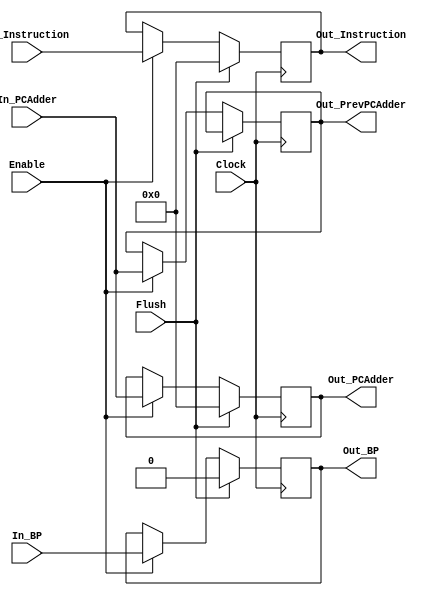
`timescale 1ns / 1ps

////////////////////////////////////////////////////////////////////////////////
// ECE369 - Computer Architecture
// 
// Student(s) Name and Last Name: Diego Moscoso, Fausto Sanchez, Jake Summerville
//
// Module           : IFIDRegister.v
// Description      : 
//
// INPUTS
//
// OUTPUTS
//
// FUNCTIONALITY
//
////////////////////////////////////////////////////////////////////////////////

module IFIDRegister(Clock, Flush, Enable, In_Instruction, Out_Instruction, 
                    In_PCAdder, Out_PCAdder, Out_PrevPCAdder, In_BP, Out_BP);

    input        Clock, Flush, Enable;
    input        In_BP;
    input [31:0] In_Instruction;
    input [31:0] In_PCAdder;
    
    output reg        Out_BP;
    output reg [31:0] Out_Instruction;
    output reg [31:0] Out_PrevPCAdder;
    output reg [31:0] Out_PCAdder;

    initial begin
        Out_Instruction <= 32'b0;
        Out_PCAdder     <= 32'b0;
        Out_BP          <= 1'b0;
    end

    always @(posedge Clock) begin
        if (Flush) begin
            Out_Instruction = 32'd0;
            Out_PCAdder     = 32'd0;
            Out_BP          = 1'd0;
        end
        else if (Enable) begin
            Out_Instruction = In_Instruction;
            Out_PCAdder     = In_PCAdder;
            Out_BP          = In_BP;
            Out_PrevPCAdder = In_PCAdder;
        end
    end

endmodule